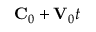
{ \bf C } _ { 0 } + { \bf V } _ { 0 } t